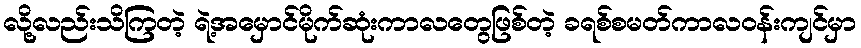
လို့လည်းသိကြတဲ့ ရဲ့အမှောင်မိုက်ဆုံးကာလတွေဖြစ်တဲ့ ခရစ်စမတ်ကာလဝန်းကျင်မှာ